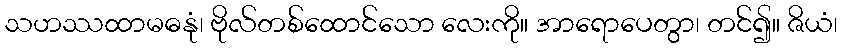
သဟဿထာမဓနုံ၊ ဗိုလ်တစ်ထောင်သော လေးကို။ အာရောပေတွာ၊ တင်၍။ ဇိယံ၊